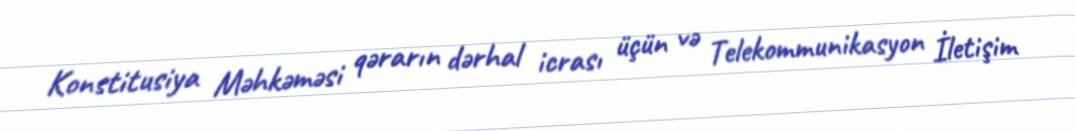
Konstitusiya Məhkəməsi qərarın dərhal icrası üçün və Telekommunikasyon İletişim